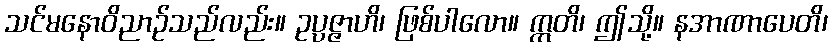
သင်မနောဝိညာဉ်သည်လည်း။ ဥပ္ပဇ္ဇာဟိ၊ ဖြစ်ပါလော။ ဣတိ၊ ဤသို့။ နအာဏာပေတိ၊